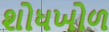
શોધખોળ